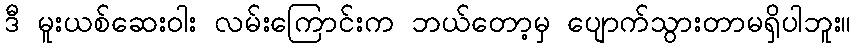
ဒီ မူးယစ်ဆေးဝါး လမ်းကြောင်းက ဘယ်တော့မှ ပျောက်သွားတာမရှိပါဘူး။